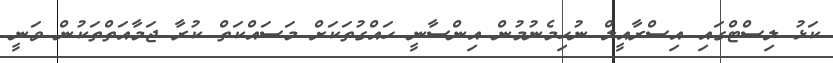
ކަޅު ލިސްޓްގައި އިސްރާއީލް ނުހިމެނުމުން އިންސާނީ ހައްގުތަކަށް މަސައްކަތް ކުރާ ޖަމާއަތްތަކުން ވަނީ